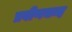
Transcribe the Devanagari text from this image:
प्रवीणचन्द